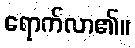
ရောက်လာ၏။